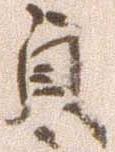
貞